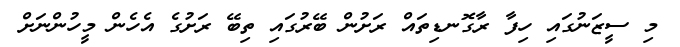
މި ސީޒަނުގައި ހިފާ ރާގޮނޑިތައް ރަށުން ބޭރުގައި ތިބޭ ރަށުގެ އެހެން މީހުންނަށް